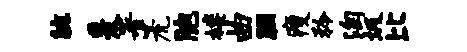
腕爰署篪胞楼曲胭瘦矜淘圾比